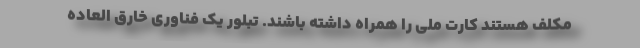
مکلف هستند کارت ملی را همراه داشته باشند. تبلور یک فناوری خارق العاده